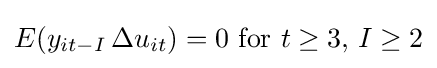
E(y_{it-I}\,\Delta u_{it})=0{\text{ for }}t\geq 3,\,I\geq 2